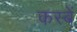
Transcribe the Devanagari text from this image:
कस्‍बें